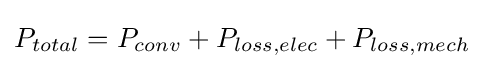
P_{total}=P_{conv}+P_{loss,elec}+P_{loss,mech}